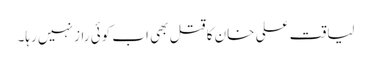
لیاقت علی خان کا قتل بھی اب کوئی راز نہیں رہا۔